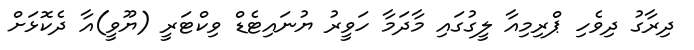
ދިރާގު ދިވެހި ޕްރިމިއާ ލީގުގައި މާދަމާ ހަވީރު ޔުނައިޓެޑް ވިކްޓަރީ (ޔޫވީ)އާ ދެކޮޅަށް